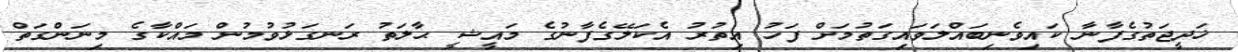
ޚަދީޖަތުގެފާނާ ކައިވެނިބައްލަވައިގަތުމަށް ފަހު އިތުރު އެކަލޭގެފާނުގެ މައީޝީ ޙާލަތު ރަނގަޅުވުމުން މައްކާގެ މިނަންގަތް